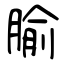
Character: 腧